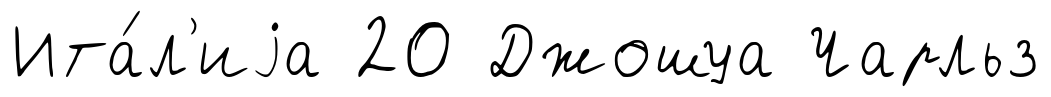
Ита́л'иjа 20 Джошуа Чарльз